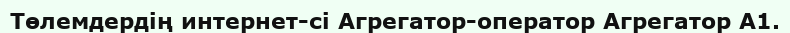
Төлемдердiң интернет-сi Агрегатор-оператор Агрегатор А1.